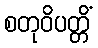
စတုဝိပတ္တိံ